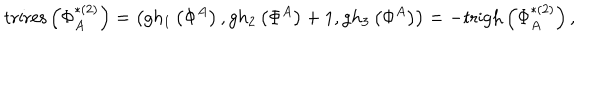
\mathrm { t r i r e s } \left( \Phi _ { A } ^ { * ( 2 ) } \right) = \left( g h _ { 1 } \left( \Phi ^ { A } \right) , g h _ { 2 } \left( \Phi ^ { A } \right) + 1 , g h _ { 3 } \left( \Phi ^ { A } \right) \right) = - \mathrm { t r i g h } \left( \Phi _ { A } ^ { * ( 2 ) } \right) ,